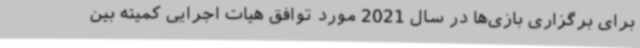
برای برگزاری بازی‌ها در سال 2021 مورد توافق هیات اجرایی کمیته بین